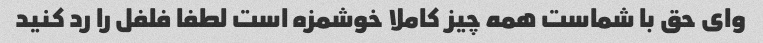
وای حق با شماست همه چیز کاملا خوشمزه است لطفا فلفل را رد کنید